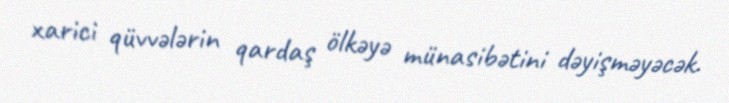
xarici qüvvələrin qardaş ölkəyə münasibətini dəyişməyəcək.